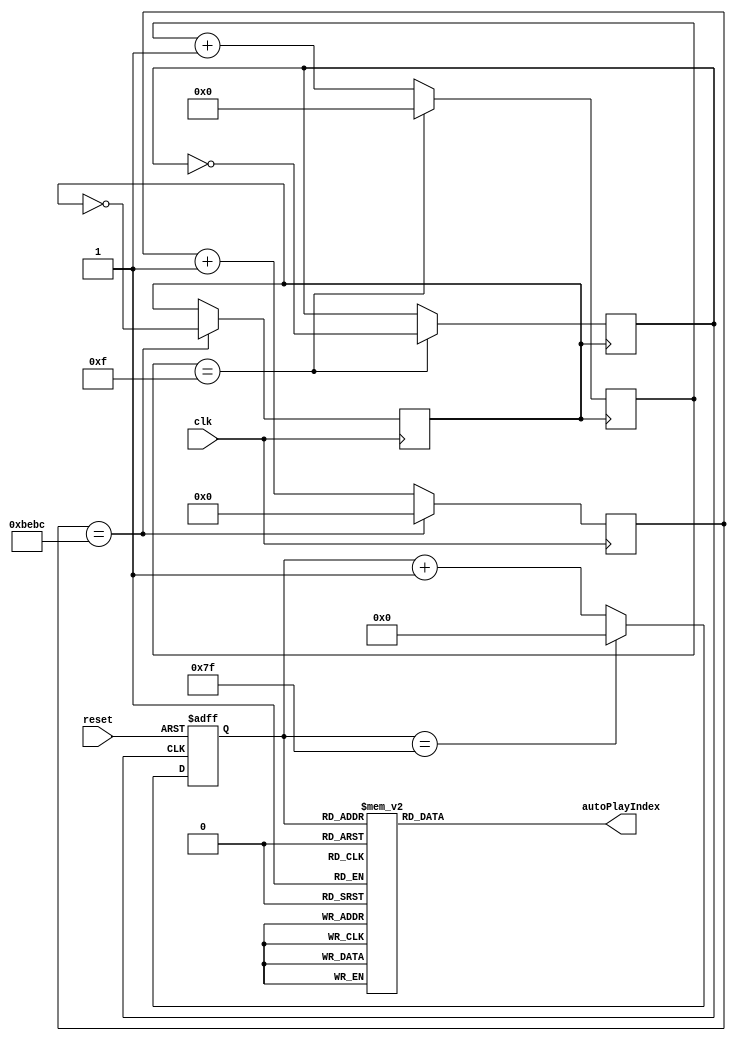
module autoPlay(reset, clk, autoPlayIndex);
input reset, clk; //50MHz
output reg [4:0] autoPlayIndex;

reg jiepai, clk1;
reg [4:0] j = 0;
reg [16:0] clkCount = 0;
reg [7:0] count;

always @(posedge clk)begin
	if(clkCount == 48828)begin // 50MHz / 48828 = 1024
		clkCount = 0;
		clk1 = !clk1; //1024 / 2 = 512
	end
	else
		clkCount = clkCount + 1;
end

always @(posedge clk1)begin
	if(j == 15)begin // 512/ 16 = 32
		j <= 0;
		jiepai <= !jiepai; // 32/2 = 16
	end
	else
		j <= j+1;
end

always @(posedge jiepai, negedge reset)begin
	if(!reset) count <= 0;
	else begin
		if(jiepai)
			if(count == 127) count <= 0;
			else count <= count+1;
	end
end

always @(count)begin // Canon
	case(count)
	
		0   : autoPlayIndex<=5'b11001; //1
		1   : autoPlayIndex<=5'b11001; 
		2   : autoPlayIndex<=5'b11001; 
		3   : autoPlayIndex<=5'b00000; 
		4   : autoPlayIndex<=5'b11001; //1
		5   : autoPlayIndex<=5'b11001; 
		6   : autoPlayIndex<=5'b11001; 
		7   : autoPlayIndex<=5'b00000; 
		8   : autoPlayIndex<=5'b11101; //5
		9   : autoPlayIndex<=5'b11101; 
		10  : autoPlayIndex<=5'b11101; 
		11  : autoPlayIndex<=5'b00000; 
		12  : autoPlayIndex<=5'b11101; //5
		13  : autoPlayIndex<=5'b11101; 
		14  : autoPlayIndex<=5'b11101; 
		15  : autoPlayIndex<=5'b00000; 
		16  : autoPlayIndex<=5'b11110; //6
		17  : autoPlayIndex<=5'b11110; 
		18  : autoPlayIndex<=5'b11110; 
		19  : autoPlayIndex<=5'b00000; 
		20  : autoPlayIndex<=5'b11110; //6
		21  : autoPlayIndex<=5'b11110; 
		22  : autoPlayIndex<=5'b11110; 
		23  : autoPlayIndex<=5'b00000; 
		24  : autoPlayIndex<=5'b11101; //5
		25  : autoPlayIndex<=5'b11101; 
		26  : autoPlayIndex<=5'b11101; 
		27  : autoPlayIndex<=5'b11101; 
		28  : autoPlayIndex<=5'b11101; 
		29  : autoPlayIndex<=5'b11101; 
		30  : autoPlayIndex<=5'b11101; 
		31  : autoPlayIndex<=5'b00000; 

		32  : autoPlayIndex<=5'b11100; //4
		33  : autoPlayIndex<=5'b11100; 
		34  : autoPlayIndex<=5'b11100; 
		35  : autoPlayIndex<=5'b00000;
		36  : autoPlayIndex<=5'b11100; //4
		37  : autoPlayIndex<=5'b11100;
		38  : autoPlayIndex<=5'b11100;
		39  : autoPlayIndex<=5'b00000;
		40  : autoPlayIndex<=5'b11011; //3
		41  : autoPlayIndex<=5'b11011;
		42  : autoPlayIndex<=5'b11011;
		43  : autoPlayIndex<=5'b00000; 
		44  : autoPlayIndex<=5'b11011; //3
		45  : autoPlayIndex<=5'b11011;
		46  : autoPlayIndex<=5'b11011;
		47  : autoPlayIndex<=5'b00000; 
		48  : autoPlayIndex<=5'b11010; //2
		49  : autoPlayIndex<=5'b11010; 
		50  : autoPlayIndex<=5'b11010; 
		51  : autoPlayIndex<=5'b00000; 
		52  : autoPlayIndex<=5'b11010; //2
		53  : autoPlayIndex<=5'b11010; 
		54  : autoPlayIndex<=5'b11010; 
		55  : autoPlayIndex<=5'b00000; 
		56  : autoPlayIndex<=5'b11001; //1
		57  : autoPlayIndex<=5'b11001;
		58  : autoPlayIndex<=5'b11001;
		59  : autoPlayIndex<=5'b11001;
		60  : autoPlayIndex<=5'b11001;
		61  : autoPlayIndex<=5'b11001;
        62  : autoPlayIndex<=5'b11001;
		63  : autoPlayIndex<=5'b00000; 
		
		64  : autoPlayIndex<=5'b11101; //5
		65  : autoPlayIndex<=5'b11101; 
		66  : autoPlayIndex<=5'b11101; 
		67  : autoPlayIndex<=5'b00000; 
		68  : autoPlayIndex<=5'b11101; //5
		69  : autoPlayIndex<=5'b11101; 
		70  : autoPlayIndex<=5'b11101; 
		71  : autoPlayIndex<=5'b00000; 
		72  : autoPlayIndex<=5'b11100; //4
		73  : autoPlayIndex<=5'b11100; 
		74  : autoPlayIndex<=5'b11100; 
		75  : autoPlayIndex<=5'b00000; 
		76  : autoPlayIndex<=5'b11100; //4
		77  : autoPlayIndex<=5'b11100; 
		78  : autoPlayIndex<=5'b11100; 
		79  : autoPlayIndex<=5'b00000; 
		80  : autoPlayIndex<=5'b11011; //3
		81  : autoPlayIndex<=5'b11011; 
		82  : autoPlayIndex<=5'b11011; 
		83  : autoPlayIndex<=5'b00000; 
		84  : autoPlayIndex<=5'b11011; //3
		85  : autoPlayIndex<=5'b11011; 
		86  : autoPlayIndex<=5'b11011; 
		87  : autoPlayIndex<=5'b00000; 
		88  : autoPlayIndex<=5'b11010; //2
		89  : autoPlayIndex<=5'b11010; 
		90  : autoPlayIndex<=5'b11010;
		91  : autoPlayIndex<=5'b11010;
		92  : autoPlayIndex<=5'b11010;
		93  : autoPlayIndex<=5'b11010;
		94  : autoPlayIndex<=5'b11010;
		95  : autoPlayIndex<=5'b00000;
		
		96  : autoPlayIndex<=5'b11101; //5
		97  : autoPlayIndex<=5'b11101; 
		98  : autoPlayIndex<=5'b11101; 
		99  : autoPlayIndex<=5'b00000; 
		100 : autoPlayIndex<=5'b11101; //5
		101 : autoPlayIndex<=5'b11101; 
		102 : autoPlayIndex<=5'b11101; 
		103 : autoPlayIndex<=5'b00000; 
		104 : autoPlayIndex<=5'b11100; //4
		105 : autoPlayIndex<=5'b11100; 
		106 : autoPlayIndex<=5'b11100; 
		107 : autoPlayIndex<=5'b00000; 
		108 : autoPlayIndex<=5'b11100; //4
		109 : autoPlayIndex<=5'b11100; 
		110 : autoPlayIndex<=5'b11100; 
		111 : autoPlayIndex<=5'b00000; 
		112 : autoPlayIndex<=5'b11011; //3
		113 : autoPlayIndex<=5'b11011; 
		114 : autoPlayIndex<=5'b11011; 
		115 : autoPlayIndex<=5'b00000; 
		116 : autoPlayIndex<=5'b11011; //3
		117 : autoPlayIndex<=5'b11011; 
		118 : autoPlayIndex<=5'b11011; 
		119 : autoPlayIndex<=5'b00000; 
		120 : autoPlayIndex<=5'b11010; //2
		121 : autoPlayIndex<=5'b11010; 
		122 : autoPlayIndex<=5'b11010;
		123 : autoPlayIndex<=5'b11010;
		124 : autoPlayIndex<=5'b11010;
		125 : autoPlayIndex<=5'b11010;
		126 : autoPlayIndex<=5'b11010;
		127 : autoPlayIndex<=5'b00000;
		
		128 : autoPlayIndex<=5'b11001; //1
		129 : autoPlayIndex<=5'b11001; 
		130 : autoPlayIndex<=5'b11001; 
		131 : autoPlayIndex<=5'b00000; 
		132 : autoPlayIndex<=5'b11001; //1
		133 : autoPlayIndex<=5'b11001; 
		134 : autoPlayIndex<=5'b11001; 
		135 : autoPlayIndex<=5'b00000; 
		136 : autoPlayIndex<=5'b11101; //5
		137 : autoPlayIndex<=5'b11101; 
		138 : autoPlayIndex<=5'b11101; 
		139 : autoPlayIndex<=5'b00000; 
		140 : autoPlayIndex<=5'b11101; //5
		141 : autoPlayIndex<=5'b11101; 
		142 : autoPlayIndex<=5'b11101; 
		143 : autoPlayIndex<=5'b00000; 
		144 : autoPlayIndex<=5'b11110; //6
		145 : autoPlayIndex<=5'b11110; 
		146 : autoPlayIndex<=5'b11110; 
		147 : autoPlayIndex<=5'b00000; 
		148 : autoPlayIndex<=5'b11110; //6
		149 : autoPlayIndex<=5'b11110; 
		150 : autoPlayIndex<=5'b11110; 
		151 : autoPlayIndex<=5'b00000; 
		152 : autoPlayIndex<=5'b11101; //5
		153 : autoPlayIndex<=5'b11101; 
		154 : autoPlayIndex<=5'b11101; 
		155 : autoPlayIndex<=5'b11101; 
		156 : autoPlayIndex<=5'b11101; 
		157 : autoPlayIndex<=5'b11101; 
		158 : autoPlayIndex<=5'b11101; 
		159 : autoPlayIndex<=5'b00000; 

		160 : autoPlayIndex<=5'b11100; //4
		161 : autoPlayIndex<=5'b11100; 
		162 : autoPlayIndex<=5'b11100; 
		163 : autoPlayIndex<=5'b00000;
		164 : autoPlayIndex<=5'b11100; //4
		165 : autoPlayIndex<=5'b11100;
		166 : autoPlayIndex<=5'b11100;
		167 : autoPlayIndex<=5'b00000;
		168 : autoPlayIndex<=5'b11011; //3
		169 : autoPlayIndex<=5'b11011;
		170 : autoPlayIndex<=5'b11011;
		171 : autoPlayIndex<=5'b00000; 
		172 : autoPlayIndex<=5'b11011; //3
		173 : autoPlayIndex<=5'b11011;
		174 : autoPlayIndex<=5'b11011;
		175 : autoPlayIndex<=5'b00000; 
		176 : autoPlayIndex<=5'b11010; //2
		177 : autoPlayIndex<=5'b11010; 
		178 : autoPlayIndex<=5'b11010; 
		179 : autoPlayIndex<=5'b00000; 
		180 : autoPlayIndex<=5'b11010; //2
		181 : autoPlayIndex<=5'b11010; 
		182 : autoPlayIndex<=5'b11010; 
		183 : autoPlayIndex<=5'b00000; 
		184 : autoPlayIndex<=5'b11001; //1
		185 : autoPlayIndex<=5'b11001;
		186 : autoPlayIndex<=5'b11001;
		187 : autoPlayIndex<=5'b11001;
		188 : autoPlayIndex<=5'b11001;
		189 : autoPlayIndex<=5'b11001;
        190 : autoPlayIndex<=5'b11001;
		191 : autoPlayIndex<=5'b00000; 
		
		default : autoPlayIndex <= 0;
	endcase
end

endmodule